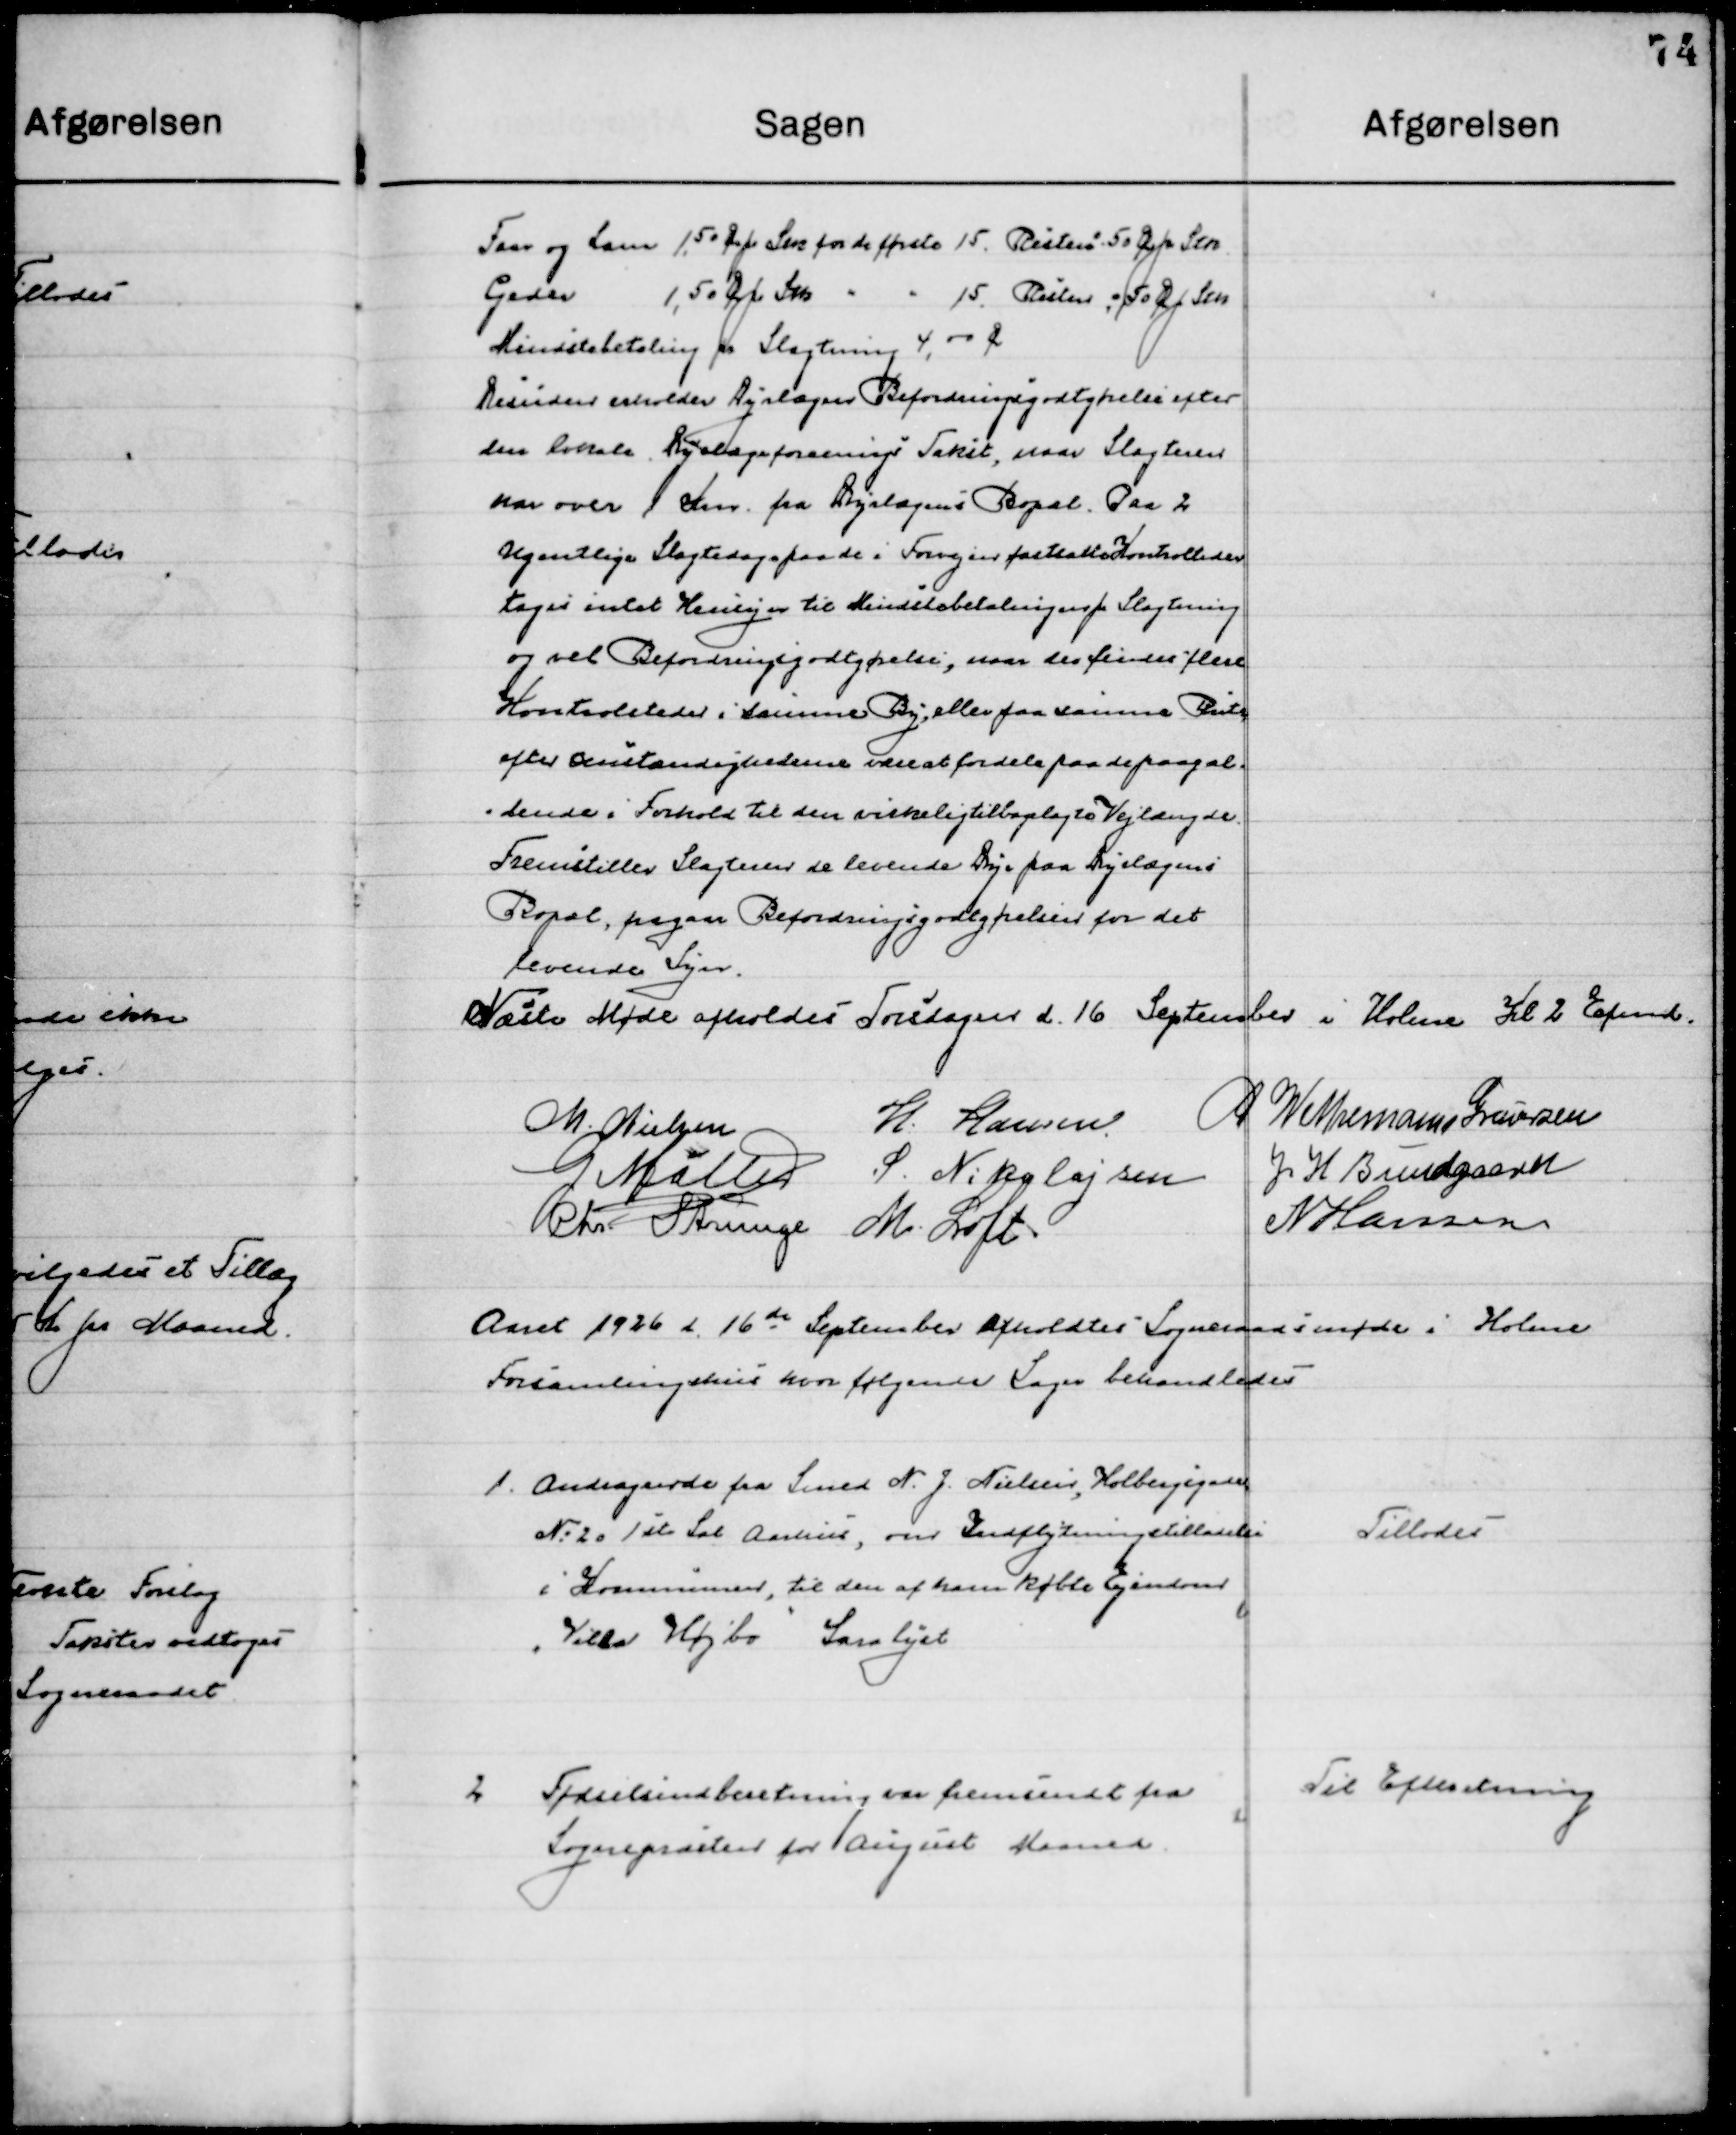
Transskription:
Mindstebetaling pr. Slagtning 4,00 Øre
Desuden erholder Dyrlægens Befordringsgodtgørelse efter 
den lokale Dyrlægeforenings Takst. Naar Slagteren
har over 1 Km fra Dyrlægens Bopæl. Paa 2
Ugentlige Slagtedags paa de i Forvejen fastsatte  Kontrolsteder 
tages intet Hensyn til Mindstebetalingen pr. Slagtning
og ved Befordringsgodtgørelse, maa der findes flere
Kontrolsteder i samme By eller paa samme Rute
efter omstændighederne være at fordele paa de paagældende 
i Forhold til den virkelige tilbagelagte Vejlængde 
Fremstiller Slagteren de levende Dyr paa Dyrlægens
Bopæl, fragaar Befordringsgodtgørelse for det
Levende Svin.

Næste Møde afholdes Torsdagen d. 16 September i Holme Kl. 2 Eftermd.

M. Nielsen
H. Hansen
P. Wethemann Graversen
G. Møller
S. Nikolajsen
J. H. Bundgaard
Chr. Strunge
M. Loft
N. Hansen

Aaret 1926 d. 16de September afholdtes Sogneraadsmøde i Holme 
Forsamlingshus hvor følgende Sager behandledes.

1

Andragende fra Smed N. J. Nielsen, Holbergsgade
No. 20 1ste Sal Aarhus, om Indflytningstilladelse 
I Kommunen, til den af hans købte Ejendom
”Villa Højbo”

Tillodes

2

Fødselsindberetning var fremsendt fra
Sognepræsten for August Maaned

Til Efterretning